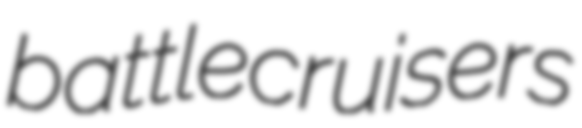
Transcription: battlecruisers